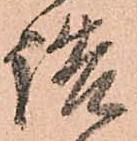
詰